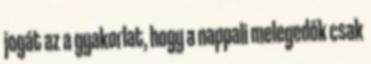
jogát az a gyakorlat, hogy a nappali melegedők csak